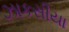
ઝાકસીયા